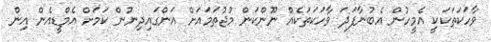
ވާހަކަތަކަކީ އެމީހުން އެބުނާފަދަ ވާހަކަތަކެއް ނޫންކަން މުޖުތަމައަށް އަންގައިދިނުން ކަމަށް އެމްޑީއެން އިން